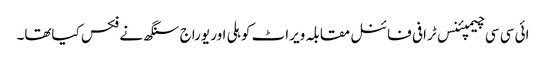
ائی سی سی چیمپئنس ٹرافی فائنل مقابلہ ویراٹ کوہلی اور یوراج سنگھ نے فکس کیاتھا۔